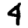
Digit: 4